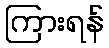
ကြားရန်